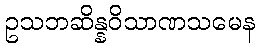
ဥသဘဆိန္နဝိသာဏသမေန